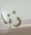
زنا